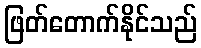
ဖြတ်တောက်နိုင်သည်